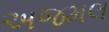
અજમલ